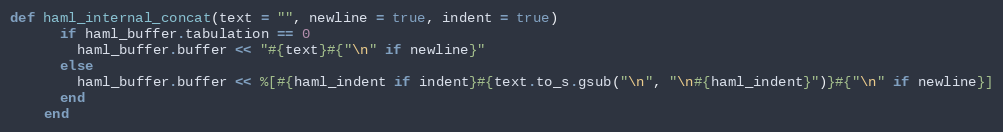
Language: Ruby
def haml_internal_concat(text = "", newline = true, indent = true)
      if haml_buffer.tabulation == 0
        haml_buffer.buffer << "#{text}#{"\n" if newline}"
      else
        haml_buffer.buffer << %[#{haml_indent if indent}#{text.to_s.gsub("\n", "\n#{haml_indent}")}#{"\n" if newline}]
      end
    end